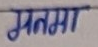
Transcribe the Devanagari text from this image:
मतमा